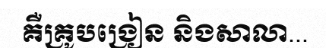
គឺគ្រូបង្រៀន និងសាលា...